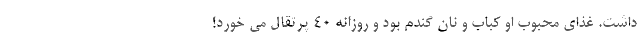
داشت. غذای محبوب او کباب و نان گندم بود و روزانه 40 پرتقال می خورد!